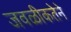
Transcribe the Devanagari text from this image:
जवळीकतेने